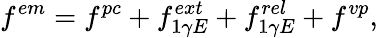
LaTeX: f^{em}=f^{pc}+f_{1\gamma E}^{ext}+f_{1\gamma E}^{rel}+f^{vp},